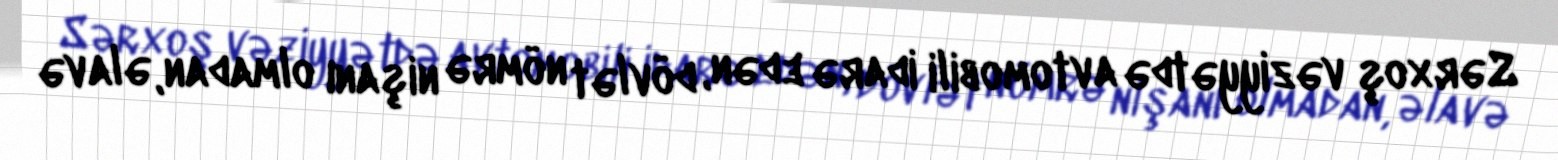
Sərxoş vəziyyətdə avtomobili idarə edən, dövlət nömrə nişanı olmadan, əlavə